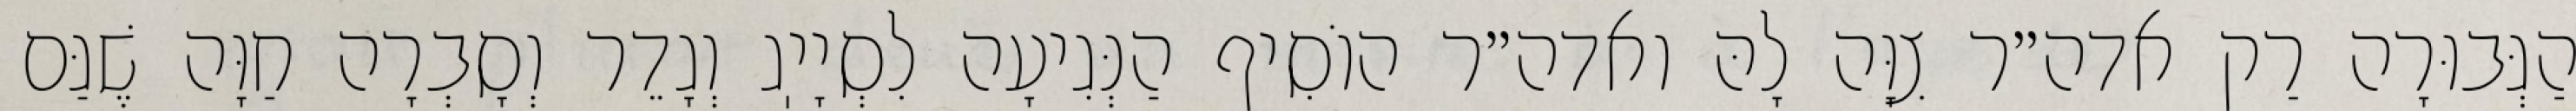
הַגְּבוּרָה רַק אדה״ר צִוָּה לָהּ ואדה״ר הוֹסִיף הַנְּגִיעָה לִסְיָיֽג וְגָדֵר וְסָבְרָה חַוָּה שֶׁגַּם